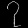
Digit: ၇